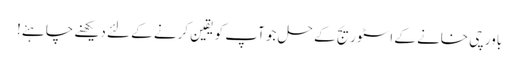
باورچی خانے کے اسٹوریج کے حل جو آپ کو یقین کرنے کے لئے دیکھنے چاہئے!